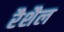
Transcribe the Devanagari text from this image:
रैशैल